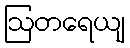
ဩတရေယျ